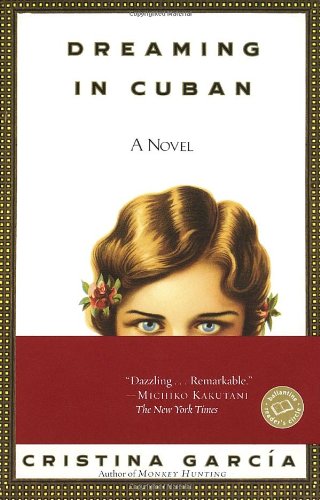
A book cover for Dreaming in Cuban; Cristina GarcÃ­a; Mystery, Thriller & Suspense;